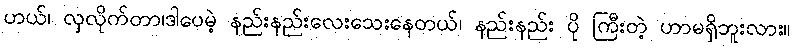
ဟယ်၊ လှလိုက်တာ၊ဒါပေမဲ့ နည်းနည်းလေးသေးနေတယ်၊ နည်းနည်း ပို ကြီးတဲ့ ဟာမရှိဘူးလား။